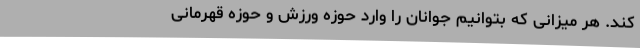
کند. هر میزانی که بتوانیم جوانان را وارد حوزه ورزش و حوزه قهرمانی